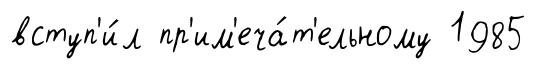
вступ'и́л пр'им'еча́т'ельному 1985